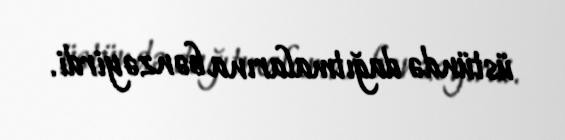
üstündə dağıtmalarına bənzəyirdi.